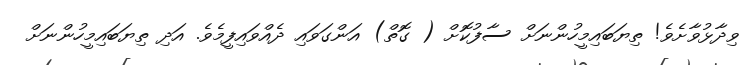
ވިދާޅުވާށެވެ! ތިޔަބައިމީހުންނަށް ސާފުކޮށް ( ގޮތް) އަންގަވައި ދެއްވައިފީމެވެ. އަދި ތިޔަބައިމީހުންނަށް